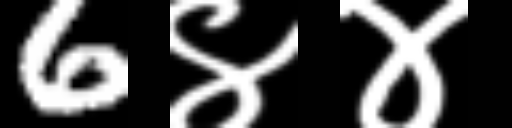
Text: 6४४